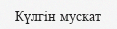
Күлгін мускат